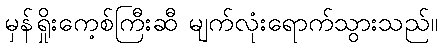
မှန်ရှိုးကေ့စ်ကြီးဆီ မျက်လုံးရောက်သွားသည်။